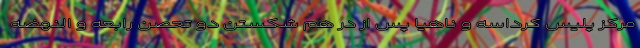
مرکز پلیس کرداسه و ناهیا پس از در هم شکستن دو تحصن رابعه و النهضه